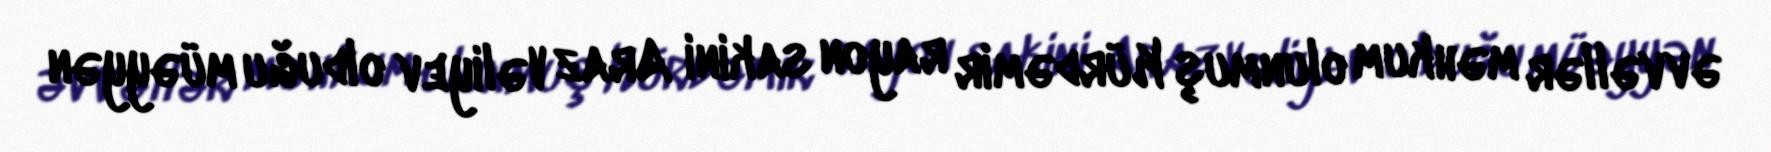
əvvəllər məhkum olunmuş Kürdəmir rayon sakini Araz Vəliyev olduğu müəyyən